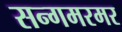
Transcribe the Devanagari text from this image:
सन्गमरमर